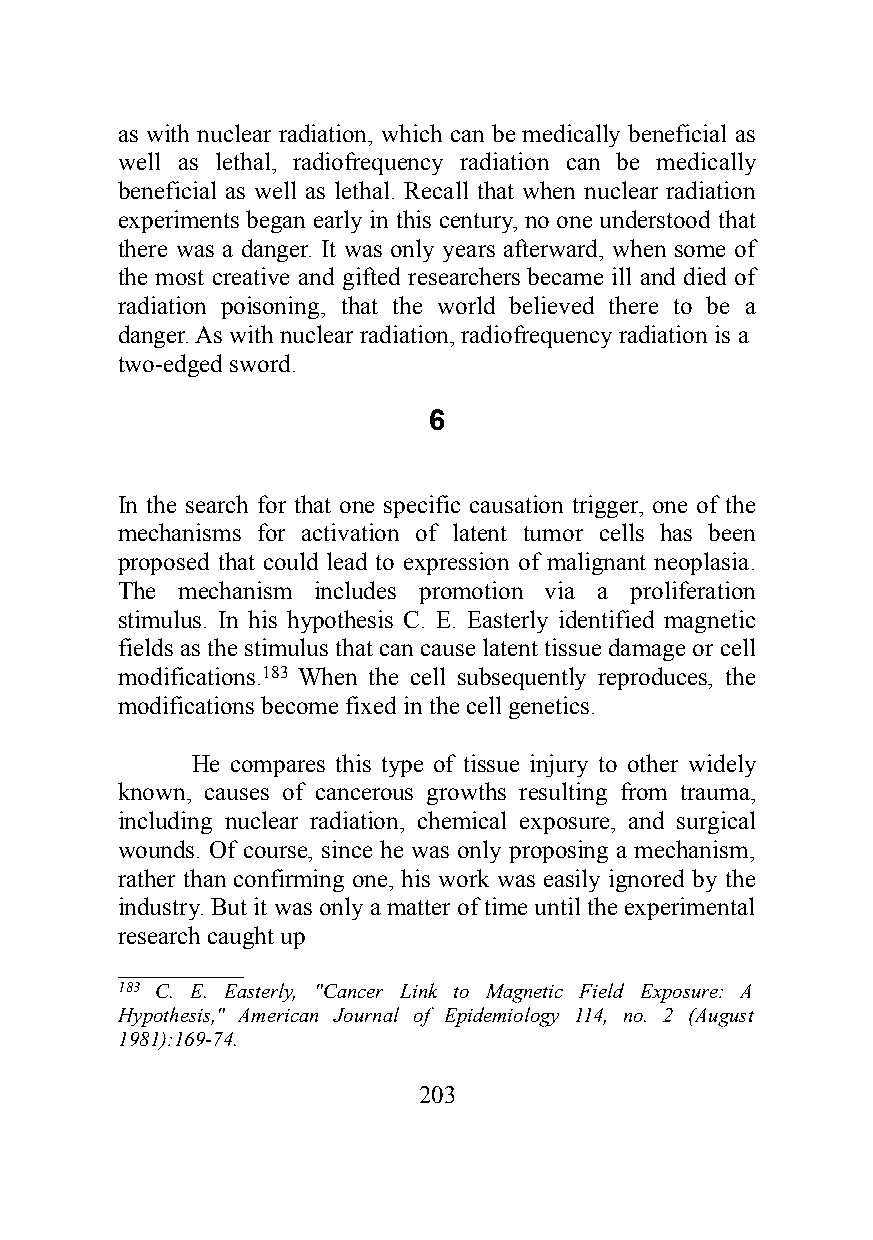
as with nuclear radiation, which can be medically beneficial as
 well as lethal, radiofrequency radiation can be medically
 beneficial as well as lethal. Recall that when nuclear radiation
 experiments began early in this century, no one understood that
 there was a danger. It was only years afterward, when some of
 the most creative and gifted researchers became ill and died of
 radiation poisoning, that the world believed there to be a
 danger. As with nuclear radiation, radiofrequency radiation is a
 two-edged sword.
 6
 In the search for that one specific causation trigger, one of the
 mechanisms for activation of latent tumor cells has been
 proposed that could lead to expression of malignant neoplasia.
 The mechanism includes promotion via a proliferation
 stimulus. In his hypothesis C. E. Easterly identified magnetic
 fields as the stimulus that can cause latent tissue damage or cell
 modifications.183 When the cell subsequently reproduces, the
 modifications become fixed in the cell genetics.
 He compares this type of tissue injury to other widely
 known, causes of cancerous growths resulting from trauma,
 including nuclear radiation, chemical exposure, and surgical
 wounds. Of course, since he was only proposing a mechanism,
 rather than confirming one, his work was easily ignored by the
 industry. But it was only a matter of time until the experimental
 research caught up
 __________
 183 C. E. Easterly, "Cancer Link to Magnetic Field Exposure: A
 Hypothesis," American Journal of Epidemiology 114, no. 2 (August
 1981):169-74.
 203